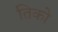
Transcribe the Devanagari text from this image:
तिको